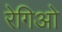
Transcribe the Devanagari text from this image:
रेगिओ